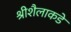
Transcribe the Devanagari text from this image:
श्रीशैलाकडे